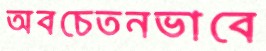
অবচেতনভাবে